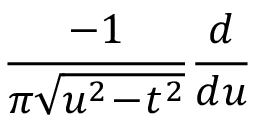
{ \frac { - 1 } { \pi { \sqrt { u ^ { 2 } \! - \! t ^ { 2 } } } } } { \frac { d } { d u } }